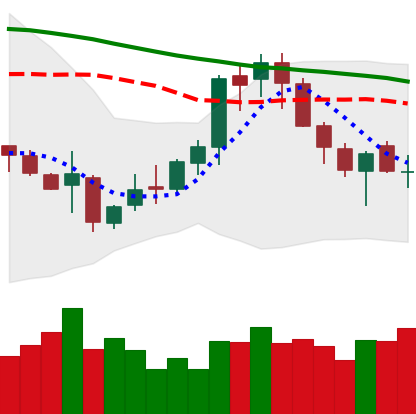
Ticker: XMR-USD
Chart end date: 2018-11-13
Forward return: -14.955%
Label: down_7plus